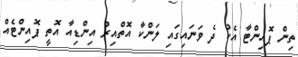
ތިން ޕޮއިންޓާ އެކު ދެ ވަނައިގައި ލަންކާ އޮތްއިރު އިންޑިއާ އޮތީ ޕޮއިންޓެއް